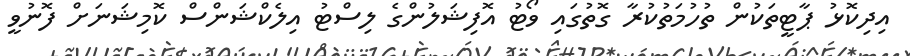
އިދިކޮޅު ޕާޓީތަކުން ތުހުމަތުކުރާ ގޮތުގައި ވޯޓު އޮފިޝަލުންގެ ލިސްޓު އިލެކްޝަންސް ކޮމިޝަނަށް ފޮނުވީ